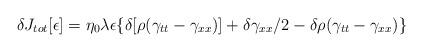
LaTeX: \begin{align*}\delta J_{tot} [ \epsilon ] = \eta_{0}\lambda\epsilon \{ \delta [\rho ( \gamma_{tt}-\gamma_{xx} ) ] + \delta\gamma_{xx}/2-\delta\rho ( \gamma_{tt}-\gamma_{xx} ) \}\end{align*}